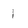
Character: l